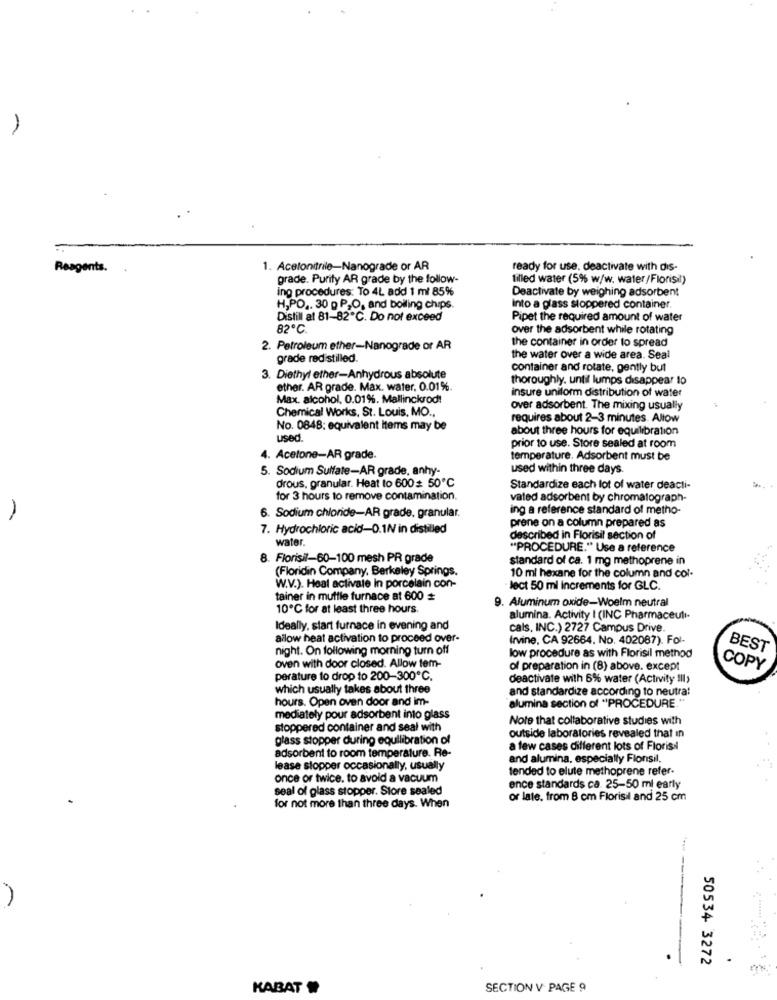
Reagents.
1. Acetonitrile-Nanograde or AR
ready for use, deactivate with dis-
grade. Purity AR grade by the follow-
tilled water (5% w/w, water/Floris)
ing procedures: To 4L add 1 ml 85%
Deactivate by weighing adsorbent
H,PO .. 30 p P,O, and boiling chips
into a glass stoppered container
Distill at 81-82℃. Do not exceed
Pipet the required amount of water
82℃.
over the adsorbent while rotating
the container in order to spread
2. Petroleum ether-Nanograde or AR
grade redistilled.
the water over a wide area. Seal
container and rotate, gently but
3. Diethyl ether-Anhydrous absolute
thoroughly. until lumps disappear to
ether. AR grade. Max. water. 0.01%.
Max. alcohol, 0.01%. Mallinckrodt
insure uniform distribution of water
Chemical Works, St. Louis, MO ..
over adsorbent. The mixing usually
requires about 2-3 minutes. Allow
No. 0848: equivalent items may be
about three hours for equilibration
used
prior to use. Store sealed at room
4. Acetone-AR grade.
temperature. Adsorbent must be
5. Sodium Sulfate-AR grade, anhy-
used within three days.
drous, granular. Heat to 600* 50℃
Standardize each lot of water deacti-
for 3 hours to remove contamination.
vated adsorbent by chromatograph-
ing a reference standard of metho-
6. Sodium chloride-AR grade, granular.
prene on a column prepared as
7. Hydrochloric acid-0.1N in distilled
water.
described in Florisil section of
""PROCEDURE." Use a reference
8. Florisil-60-100 mesh PR grade
standard of ca. 1 mg methoprene in
(Floridin Company, Berkeley Springs.
10 ml hexane for the column and col-
W.V.). Heal activale In porcelain con-
lect 50 ml Increments for GLC.
tainer in muffle furnace at 600
9. Aluminum oxide-Woelm neutral
10℃ for at least three hours.
alumina. Activity I (INC Pharmaceuli-
Ideally, start furnace in evening and
cals. INC.) 2727 Campus Drive.
ailow heat activation to proceed over-
Irvine, CA 92664. No. 402087). Fol-
night. On following morning turn off
low procedure as with Florisil method
BEST
oven with door closed. Allow tem-
of preparation in (8) above. except
COPY
perature to drop to 200-300℃.
deactivate with 6% water (Activity III>
which usually takes about three
and standardize according to neutra!
hours. Open oven door and im-
alumina section of "PROCEDURE "
mediately pour adsorbent into glass
Note that collaborative studies with
stoppered container and seal with
glass stopper during equilibration of
outside laboratories revealed that in
a few cases different lots of Floris
adsorbent to room temperature. Re-
and alumina, especially Florsil.
lease stopper occasionally, usually
tended to elute methoprene refer-
once or twice. to avoid a vacuum
seal of glass stopper. Store sealed
ence standards ca. 25-50 ml early
or late, from 8 cm Florisil and 25 cm
for not more than three days. When
50534 3272
KABAT
SECTION V PAGE 9